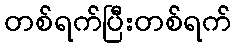
တစ်ရက်ပြီးတစ်ရက်